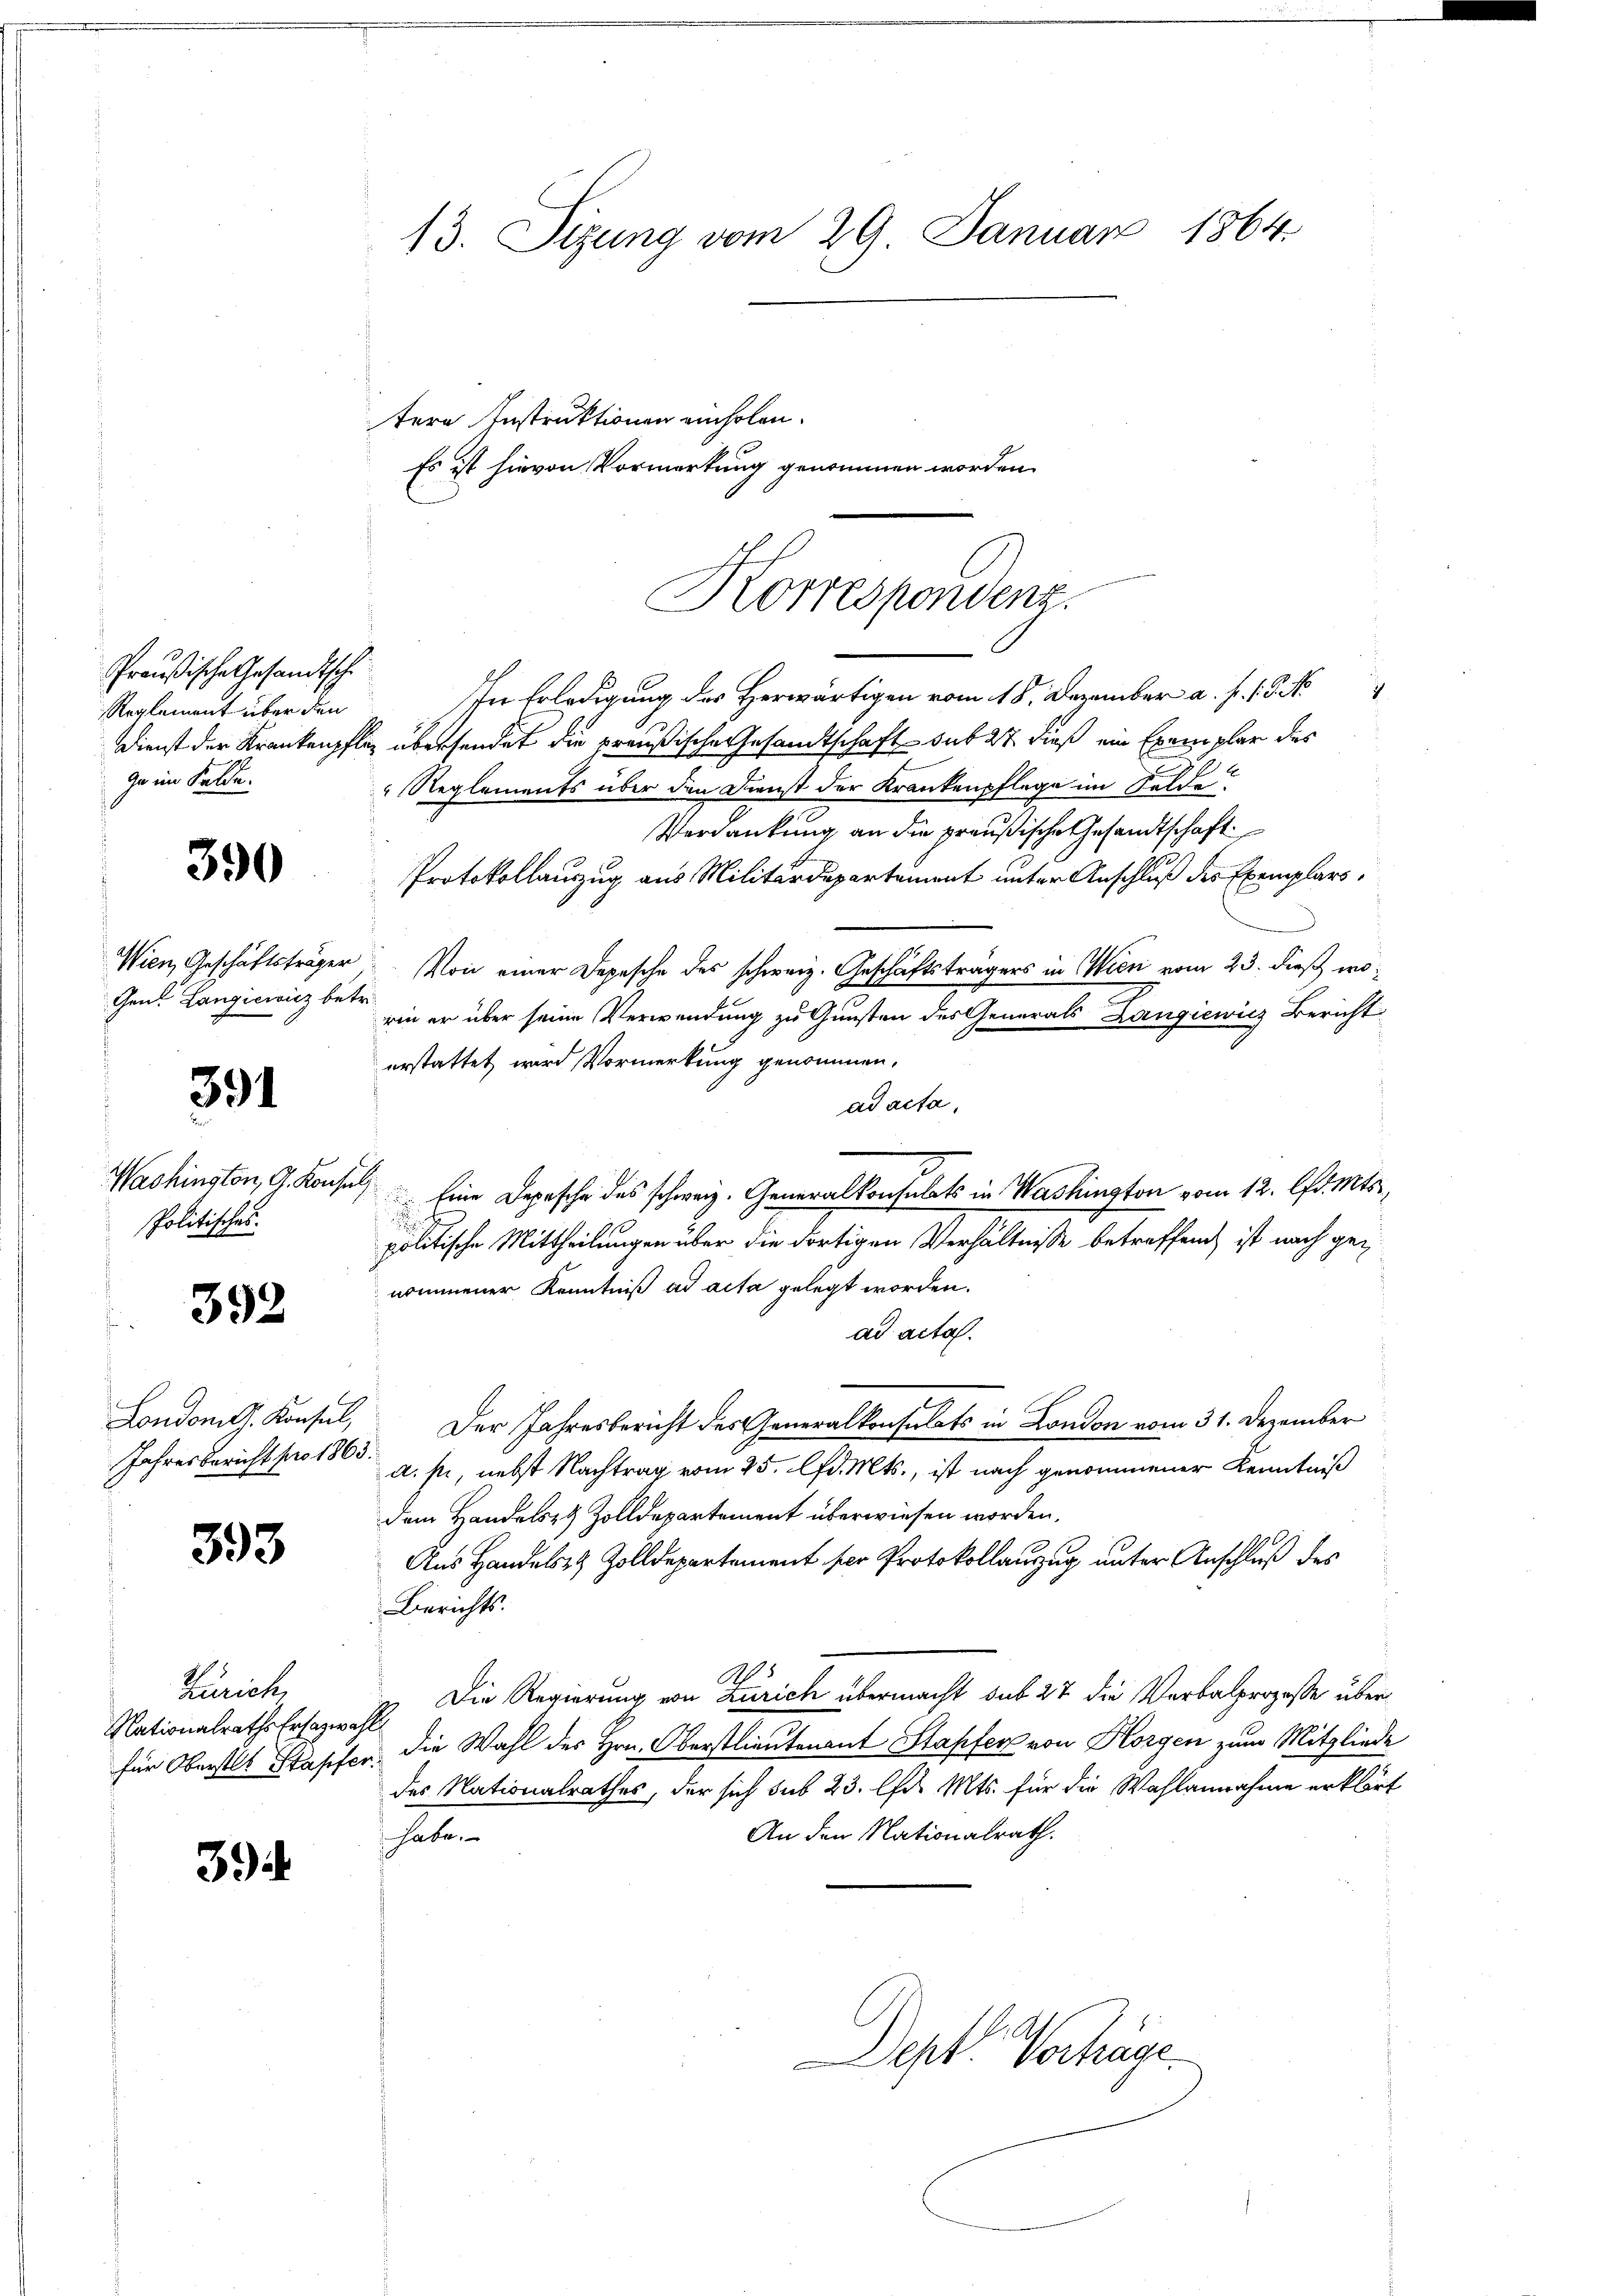
Preußische Gesandtsche
Reglement über den
zu im Felde.

390

Gen. Langiewicz betr.

391

Washinston, G. Konsuls
Politisches.

392

Jahresbericht pro 1865.

393

Zürich,
Nationalraths Ersatzwahl
für Oberstes Stapfer.

39

13. Sizung vom 29. Januar 1864.
tere Instruktionen einholen.

Es ist hievon Vormerkung genommen worden.
In Erledigung des Herwärtigen vom 18. Dezember a. f. 1 Pk
Dienst der Krankenpfleg übersendet die preußische Gesandtschaft sub 27 dieß ein Exemplar des
Reglements über den Dienst der Krankenpflege im Felde
Verdankung an die preußische Gesandtschaft
Protokollauszug aus Militärdepartement unter Anschluß des Exemplars¬
Wien, Geschäftsträger. Von einer Depesche des schweiz. Geschäftsträgers in Wien vom 23. dieß worin er über seine Verwendung zu Gunsten des Generals Langiewicz Bericht
erstattet wird Vormerkung genommen,
ad acta,
Eine Depesche des schweiz. Generalkonsulats in Washington vom 12. lfd. Mts.,

politische Mittheilungen über die dortigen Verhältnisse betreffend ist nach genommener Kenntniß ad acta gelegt worden.
ad acta.
London. Konsul, Der Jahresbericht des Generalkonsulats in London vom 31. Dezember
a. p., nebst Nachtrag vom 25. lfd. Mts., ist nach genommener Kenntniß
dem Handels- & Zolldepartement überwiesen worden.
Aus Handelst Zolldepartement ser Protokollanzug unter Anschluß des
Berichts.
5
Die Regierung von Zürich übermacht sub 27 die Verbalprozesse überdie Wahl des Hrn. Oberstlieutenant Stapfer von Horgen zum Mitgliede
des Nationalrathes, der sich sub 23. lfd. Mts. für die Wahlannahme erklärt
An den Nationalrath.
habe.

Korrespondenz.

Dept. Verhäge